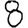
Digit: 8